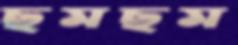
ছমছম